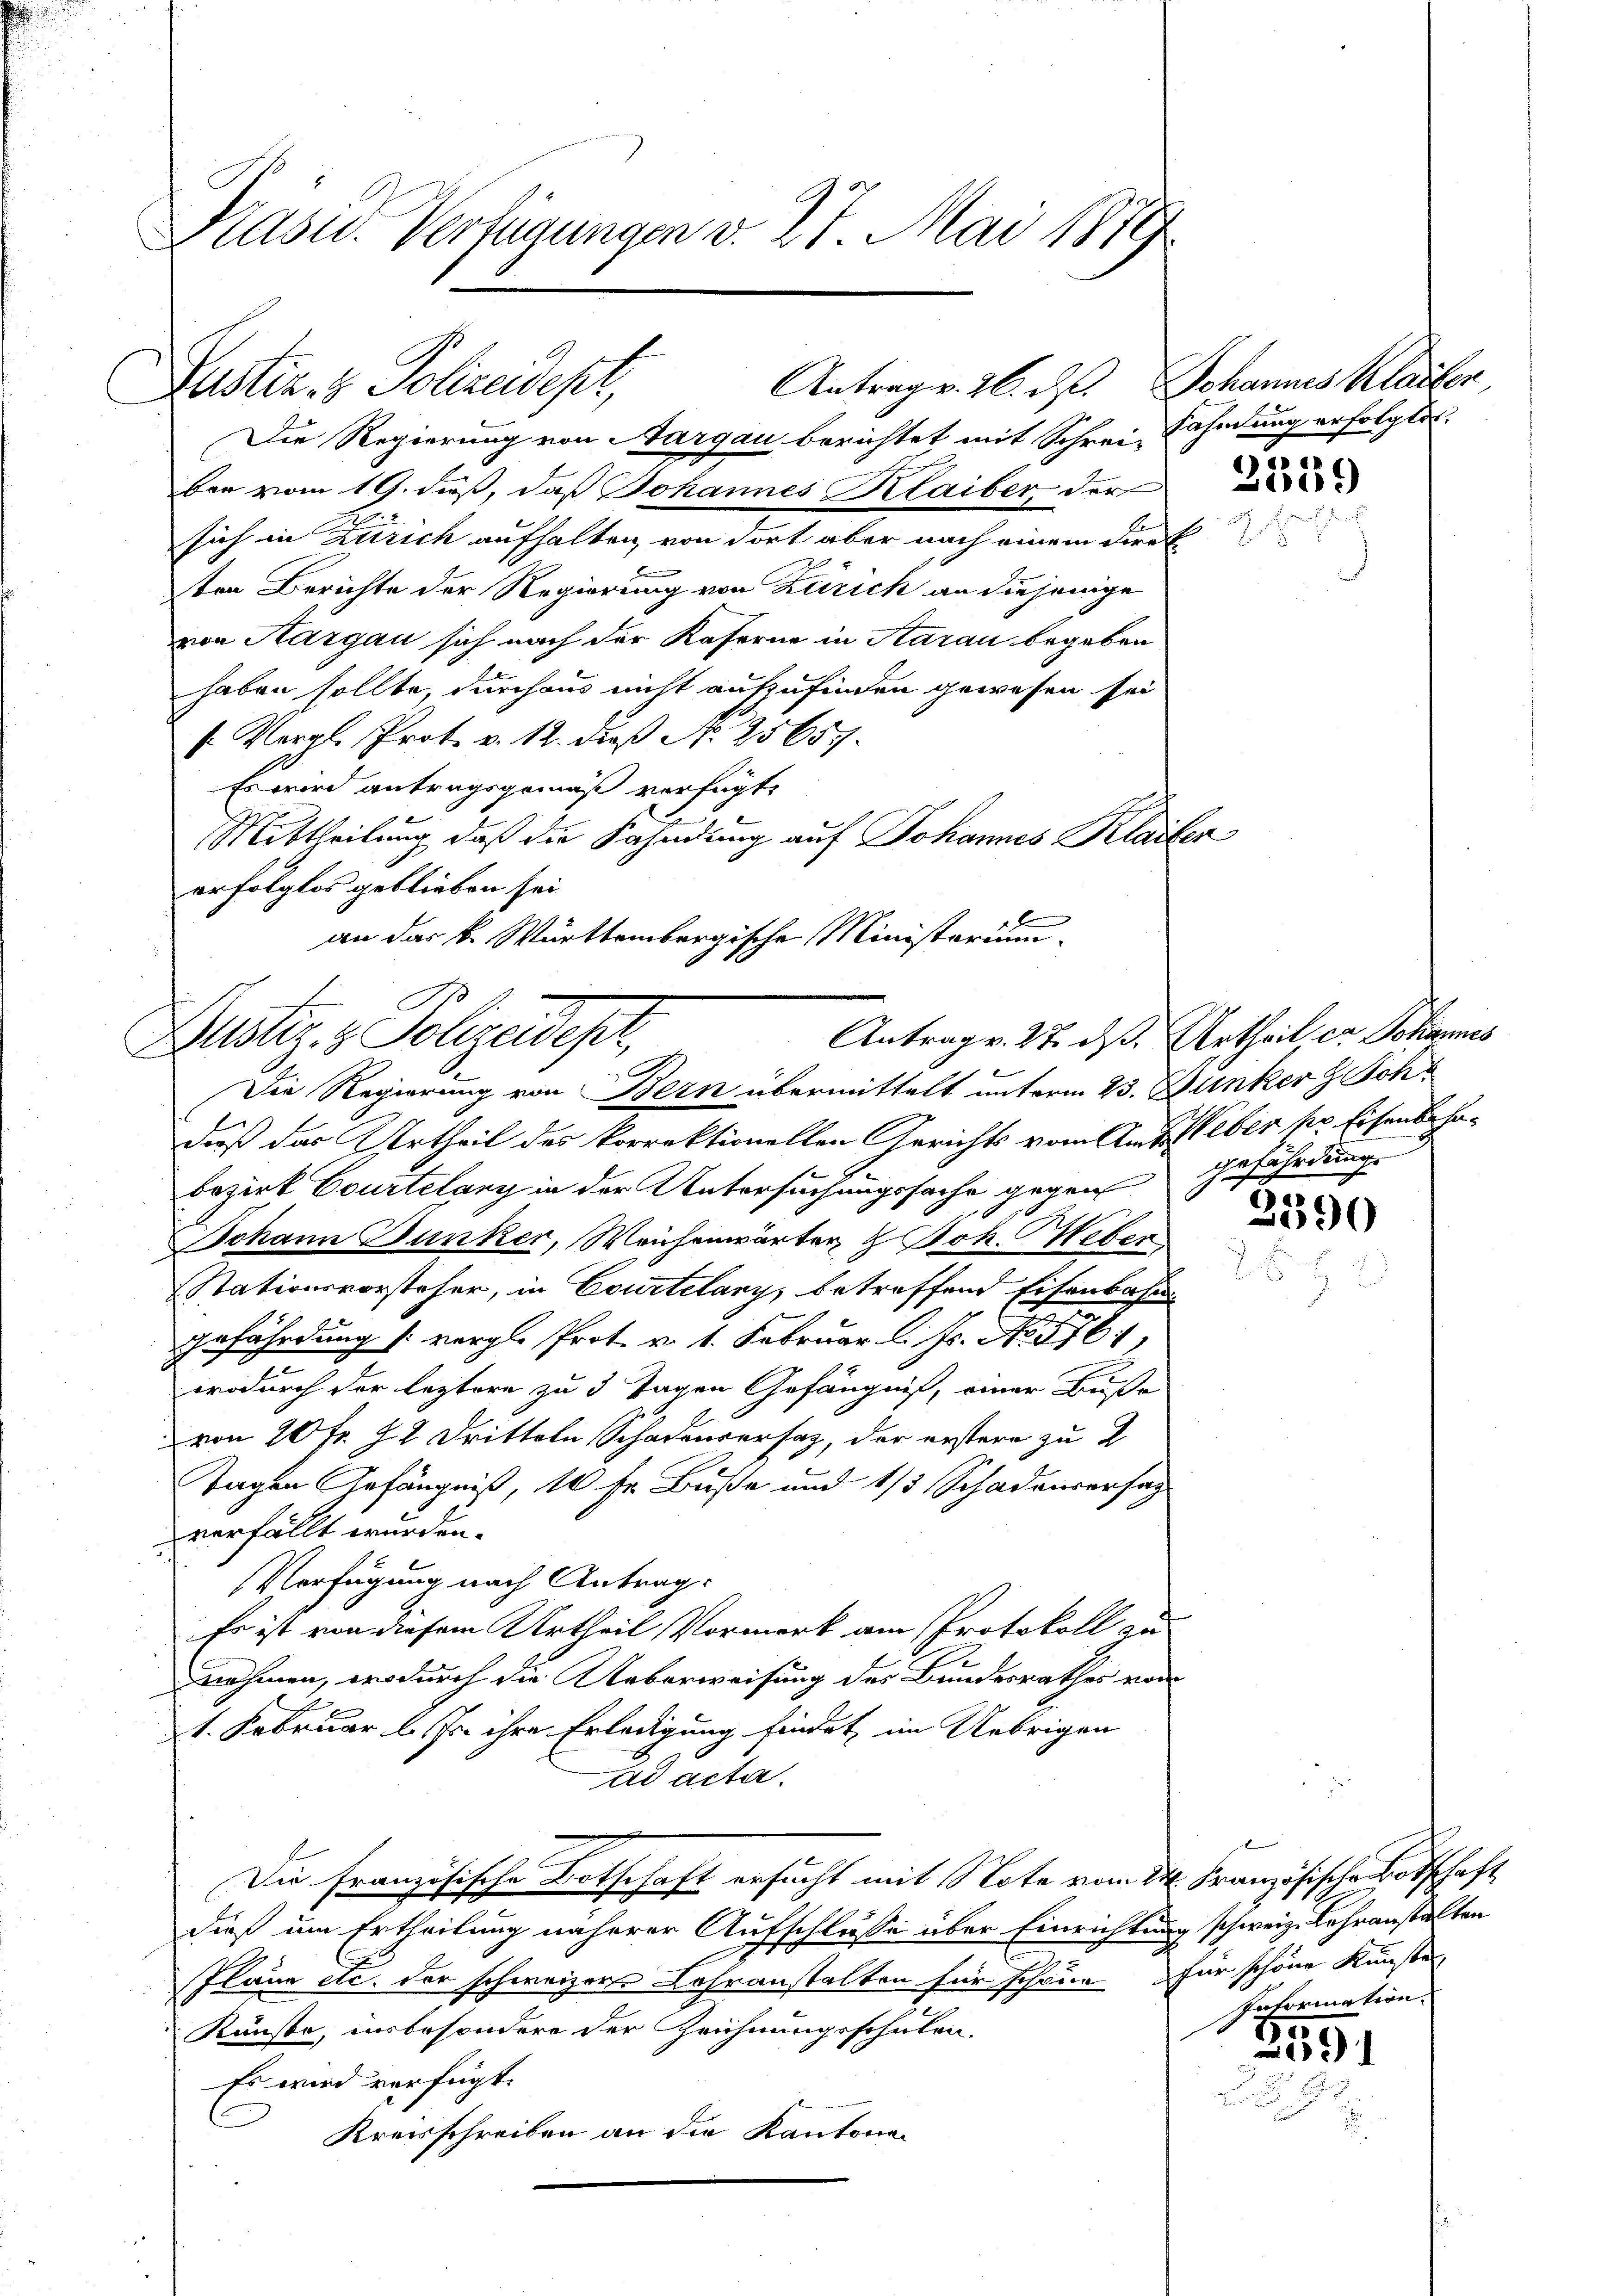
Präsid.. Verfügungen v. 27. Mai 1879.

Rustiz- & Polizeidept,

Antrag v. 26. d. Johannes Klatter,

Die Regierung von Aargau berichtet mit Schrei Fahndung erfolgten.
ben vom 19. dieß, daß Johannes Plaiber der
8
sich in Zürich aufhalten, von dort aber nach einem Direk
ten Berichte der Regierung von Zürich an diejenige
von Aargau sich nach der Kaferne in Aarau begeben
haben sollte, durchaus nicht aufzufinden gewesen sei
 Vergl. Prok. v. 12. dieß No. 25657.
Es wird antragsgemäß verfügt,
Mittheilung daß die Fahndung auf Johannes Klaifen
erfolglos geblieben sei.
1
an das k. Württembergische Ministerium

Justiz- & Polizeidepr
Antrag v. 27. ds.
C
Die Regierung von Bern übermittelt unterm 23. Junker z. Sch

daß das Urtheil des korrektionellen Gerichts vom Amts Weber kr. Eisenbehae
Bezirk Courtelang in der Untersuchungssache gegen
Johann Dunker, Weichenwärter & Joh. Weber
Stationsvorsteher, in Courtelangs betreffend Eisenbahn-
Gefährdung (: vergl. Prot. v. 1. Februar l. Js. No. 576,
wodurch der leztere zu 3 Tagen Gefängniß, einer Buße
von 20 fr. 72 Dritteln Schadenversaz, der erstere zu 2
Tagen Gefängniß, 10 fr. Buße und 1/3 Schadensersag
verfällt werden.
Verfügung nach Antrag.
Es ist von diesem Urtheil Vormerk am Protokoll an
nehmen, ers durch die Ueberweisung des Bundesrathes vor
1. Februar l. Js. ihre Erledigung findet, im Uebrigen
ad acta.
Die Französische Botschaft ersucht mit Note vom 24. Französische Botschaft
dieß um Ertheilung näherer Aufschlusse über Einrichtung schweiz. Lehranstalten
Pläne etc. der schweizer Lehranstalten für schone für schöne Kunste
Künste, insbesondere der Zeichnungsschulen.
Es wird verfügt:
Kreisschreiben an die Kantona

2339

Urtheil er Johannes
gefährdung.

2390

e
Information.

2191